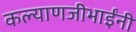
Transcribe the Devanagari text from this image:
कल्याणजीभाईंनी